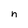
Character: n